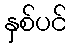
နှစ်ပင်